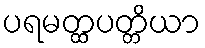
ပရမတ္ထပတ္တိယာ